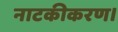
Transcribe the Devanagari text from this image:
नाटकीकरण।